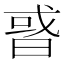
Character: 𢧋